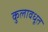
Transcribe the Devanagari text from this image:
कुलावधूत